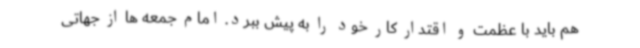
هم باید با عظمت و اقتدار کار خود را به پیش ببرد. امام جمعه ها از جهاتی